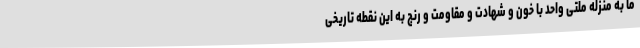
ما به منزله ملتی واحد با خون و شهادت و مقاومت و رنج به این نقطه تاریخی